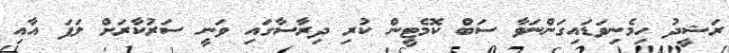
ރަޝީދު ހިމެނިވަޑައިގަންނަވާ ސަބް ކޮމެޓީން ކުރި ދިރާސާގައި ވަނީ ސަރުކާރަށް ލަފަ އާއި